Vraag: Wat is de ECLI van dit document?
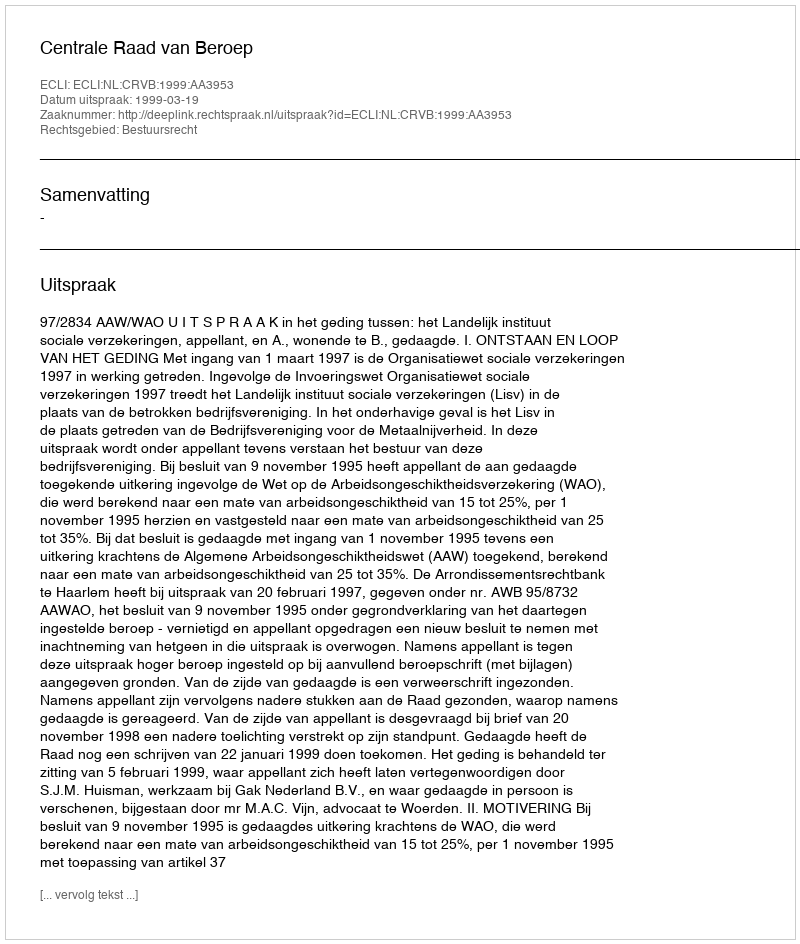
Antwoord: ECLI:NL:CRVB:1999:AA3953